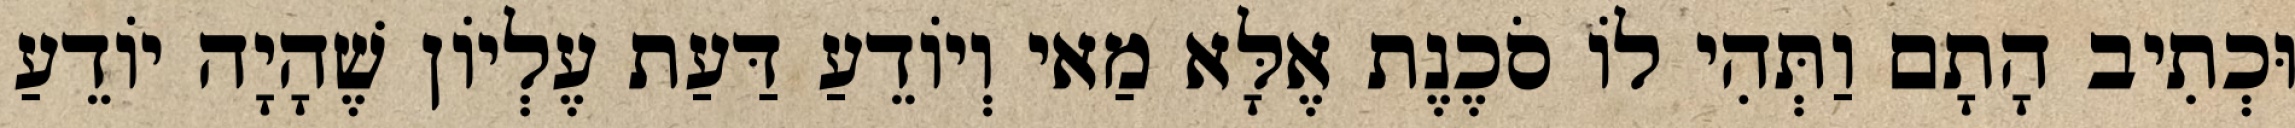
וּכְתִיב הָתָם וַתְּהִי לוֹ סֹכֶנֶת אֶלָּא מַאי וְיוֹדֵעַ דַּעַת עֶלְיוֹן שֶׁהָיָה יוֹדֵעַ